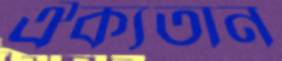
ঐক্যতান